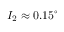
I _ { 2 } \approx 0 . 1 5 ^ { \circ }